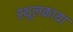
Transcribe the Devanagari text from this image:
स्थूलकाया